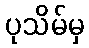
ပုသိမ်မှ